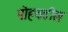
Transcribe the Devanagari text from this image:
पोहचतील